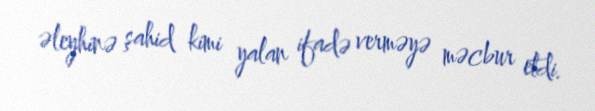
əleyhinə şahid kimi yalan ifadə verməyə məcbur etdi.